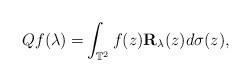
LaTeX: \begin{align*}Qf(\lambda)=&\int_{\mathbb{T}^{2}}f(z)\mathbf{R}_{{\lambda}}(z)d\sigma(z),\\\end{align*}